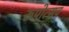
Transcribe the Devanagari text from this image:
रूपोत्सव